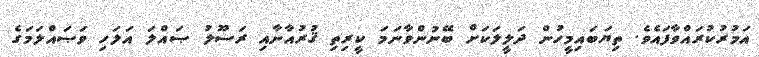
އަމުރުކުރައްވާފައެވެ. ތިޔަބައިމީހުން ދަލީލަކަށް ބޭނުންވާނަމަ ކީރިތި ޤުރުއާނާއި ރަސޫލު ޞައްލަ އަލަހި ވަޞައްލަމަގެ